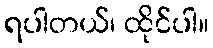
ရပါတယ်၊ ထိုင်ပါ။